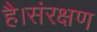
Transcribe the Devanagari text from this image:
है।संरक्षण